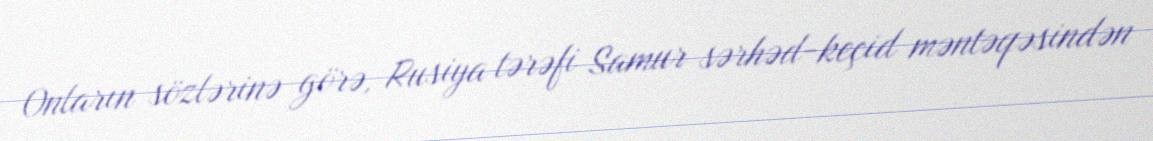
Onların sözlərinə görə, Rusiya tərəfi Samur sərhəd-keçid məntəqəsindən